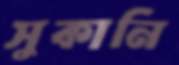
সুকানি